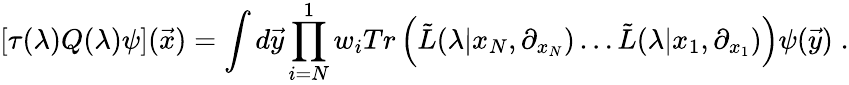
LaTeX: [\tau(\lambda)Q(\lambda)\psi]({\vec{x}})=\int d{\vec{y}}\prod_{i=N}^{1}w_{i}Tr\left({\tilde{L}}(\lambda|x_{N},\partial_{x_{N}})\ldots{\tilde{L}}(\lambda|x_{1},\partial_{x_{1}})\right)\psi({\vec{y}})\; .